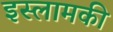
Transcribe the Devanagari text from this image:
इस्लामकी